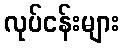
လုပ်ငန်းများ